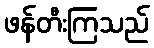
ဖန်တီးကြသည်